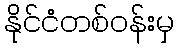
နိုင်ငံတစ်ဝန်းမှ